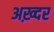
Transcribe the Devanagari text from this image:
अख़्दर